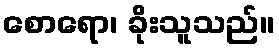
စောရော၊ ခိုးသူသည်။